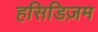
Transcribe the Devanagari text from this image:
हसिडिज़म